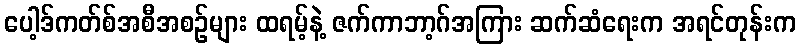
ပေါ့ဒ်ကတ်စ်အစီအစဉ်များ ထရမ့်နဲ့ ဇက်ကာဘာ့ဂ်အကြား ဆက်ဆံရေးက အရင်တုန်းက